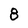
Character: 8